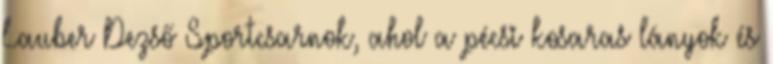
Lauber Dezső Sportcsarnok, ahol a pécsi kosaras lányok és